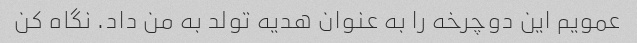
عمویم این دوچرخه را به عنوان هدیه تولد به من داد. نگاه کن